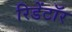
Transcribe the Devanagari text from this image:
रिडेंटॉर